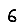
Digit: 6